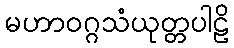
မဟာဝဂ္ဂသံယုတ္တပါဠိ